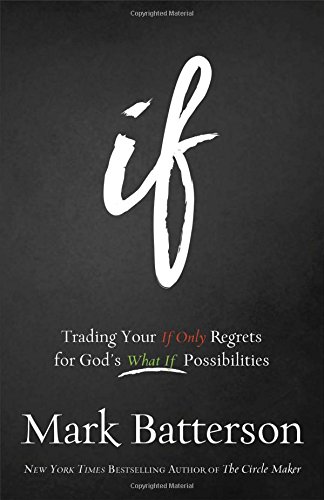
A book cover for If: Trading Your If Only Regrets for God's What If Possibilities; Mark Batterson; Christian Books & Bibles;